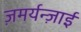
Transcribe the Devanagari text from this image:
ज़मर्यन्ज़ाई